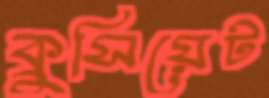
ক্রুসিয়েট